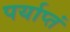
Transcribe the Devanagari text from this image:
पर्याप्तं